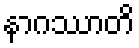
နာဂဿာတိ